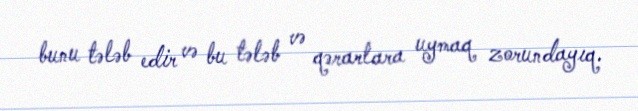
bunu tələb edir və bu tələb və qərarlara uymaq zorundayıq.